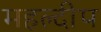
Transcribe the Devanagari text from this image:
महल्दीप